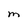
Character: M